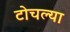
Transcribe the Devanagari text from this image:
टोचल्या